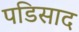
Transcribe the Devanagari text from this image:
पडिसाद